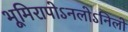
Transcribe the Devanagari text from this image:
भूमिरापोऽनलोऽनिलो